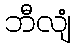
ဘီလျံ